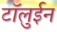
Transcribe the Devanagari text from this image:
टॉलुईन